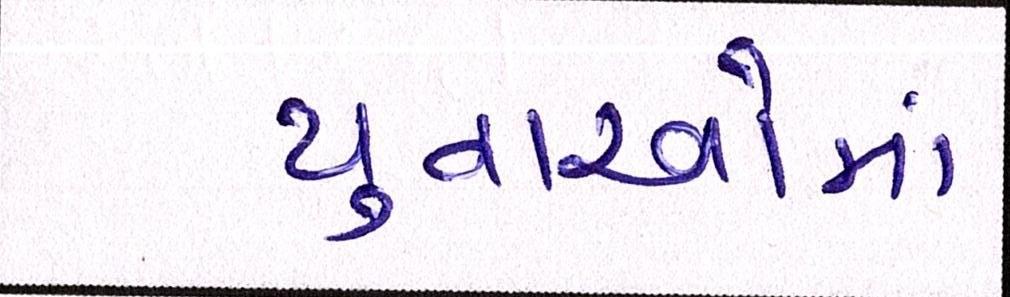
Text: યુવાઓમાં